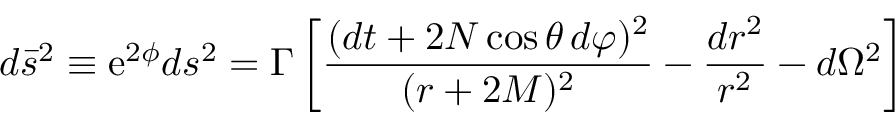
d \bar { s } ^ { 2 } \equiv \mathrm { e } ^ { 2 \phi } d s ^ { 2 } = \Gamma \left[ \frac { ( d t + 2 N \cos \theta \, d \varphi ) ^ { 2 } } { ( r + 2 M ) ^ { 2 } } - \frac { d r ^ { 2 } } { r ^ { 2 } } - d \Omega ^ { 2 } \right]